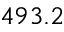
4 9 3 . 2